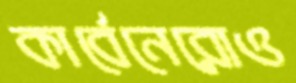
কার্বেনেরোও